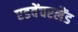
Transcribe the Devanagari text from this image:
एडवेंचरलैंड